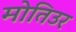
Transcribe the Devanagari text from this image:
मोतिउर